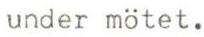
under mötet.